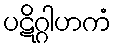
ပဋိဂ္ဂါဟကံ